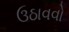
ઉઠાવવો